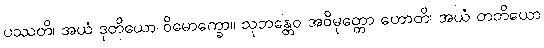
ပဿတိ၊ အယံ ဒုတိယော ဝိမောက္ခော။ သုဘန္တေဝ အဝိမုတ္တော ဟောတိ၊ အယံ တတိယော